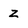
Character: z